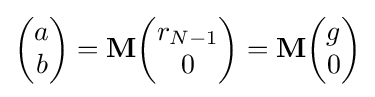
{\begin{pmatrix}a\\b\end{pmatrix}}=\mathbf {M} {\begin{pmatrix}r_{N-1}\\0\end{pmatrix}}=\mathbf {M} {\begin{pmatrix}g\\0\end{pmatrix}}